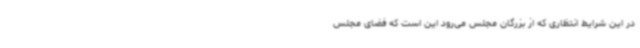
در این شرایط انتظاری که از بزرگان مجلس می‌رود این است که فضای مجلس